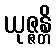
ယုဇ္ဇန္တိ